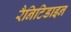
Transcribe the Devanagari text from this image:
रैनिटिडाइन